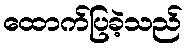
ထောက်ပြခဲ့သည်